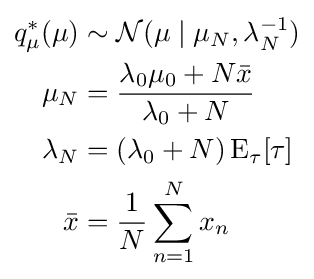
{\begin{aligned}q_{\mu }^{*}(\mu )&\sim {\mathcal {N}}(\mu \mid \mu _{N},\lambda _{N}^{-1})\\\mu _{N}&={\frac {\lambda _{0}\mu _{0}+N{\bar {x}}}{\lambda _{0}+N}}\\\lambda _{N}&=(\lambda _{0}+N)\operatorname {E} _{\tau }[\tau ]\\{\bar {x}}&={\frac {1}{N}}\sum _{n=1}^{N}x_{n}\end{aligned}}